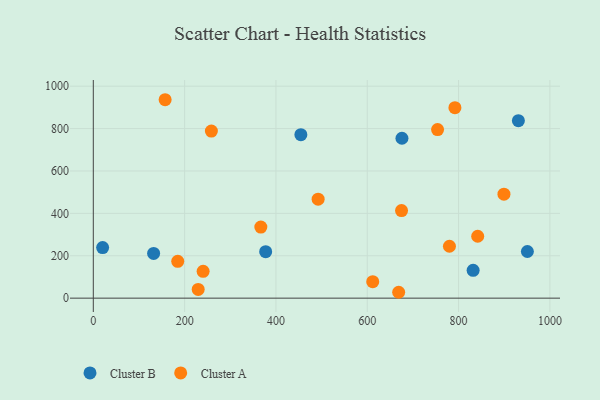
{"axis": {"x": "Ad Spend", "y": "Exam Score"}, "legend": ["Cluster A", "Cluster B"], "data": [{"x": "20.4", "y": 238.7, "type": "Cluster B"}, {"x": "377.5", "y": 219.3, "type": "Cluster B"}, {"x": "132.1", "y": 210.8, "type": "Cluster B"}, {"x": "950.7", "y": 220.1, "type": "Cluster B"}, {"x": "676.0", "y": 754.4, "type": "Cluster B"}, {"x": "931.0", "y": 837.3, "type": "Cluster B"}, {"x": "831.9", "y": 131.3, "type": "Cluster B"}, {"x": "454.6", "y": 771.2, "type": "Cluster B"}, {"x": "675.1", "y": 413.3, "type": "Cluster A"}, {"x": "240.5", "y": 126.4, "type": "Cluster A"}, {"x": "899.4", "y": 490.7, "type": "Cluster A"}, {"x": "157.3", "y": 936.2, "type": "Cluster A"}, {"x": "780.0", "y": 244.8, "type": "Cluster A"}, {"x": "184.9", "y": 173.9, "type": "Cluster A"}, {"x": "492.4", "y": 466.8, "type": "Cluster A"}, {"x": "258.6", "y": 788.1, "type": "Cluster A"}, {"x": "612.0", "y": 77.9, "type": "Cluster A"}, {"x": "841.9", "y": 292.0, "type": "Cluster A"}, {"x": "792.0", "y": 898.5, "type": "Cluster A"}, {"x": "668.8", "y": 27.7, "type": "Cluster A"}, {"x": "754.0", "y": 795.2, "type": "Cluster A"}, {"x": "229.7", "y": 41.0, "type": "Cluster A"}, {"x": "366.9", "y": 335.5, "type": "Cluster A"}]}